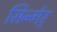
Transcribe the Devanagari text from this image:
सिन्गेर्